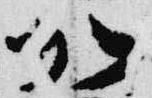
加